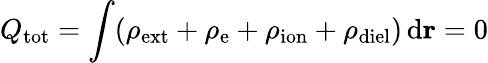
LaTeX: Q_{\mathrm{tot}}=\int(\rho_{\mathrm{ext}}+\rho_{\mathrm{e}}+\rho_{\mathrm{ion}}+\rho_{\mathrm{diel}})\, \mathrm{d}\mathbf{r}=0